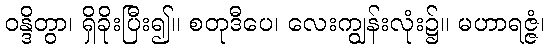
ဝန္ဒိတွာ၊ ရှိခိုးပြီး၍။ စတုဒီပေ၊ လေးကျွန်းလုံး၌။ မဟာရဇ္ဇံ၊